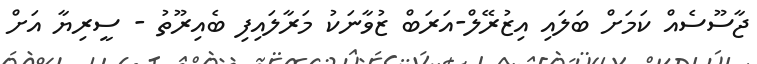
ޖާސޫސެއް ކަމަށް ބަލައި އިޒުރޭލް-އަރަބް ޒުވާނަކު މަރާލައިފި ބެއިރޫތު - ސީރިޔާ އަށް